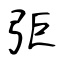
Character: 弡